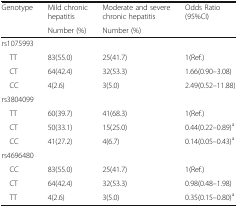
<table><thead><tr><td><b>Genotype</b></td><td><b>Mild chronic hepatitis</b></td><td><b>Moderate and severe chronic hepatitis</b></td><td><b>Odds Ratio (95%CI)</b></td></tr><tr><td></td><td><b>Number (%)</b></td><td><b>Number (%)</b></td><td></td></tr></thead><tbody><tr><td colspan="4">rs1075993</td></tr><tr><td> TT</td><td>83(55.0)</td><td>25(41.7)</td><td>1(Ref.)</td></tr><tr><td> CT</td><td>64(42.4)</td><td>32(53.3)</td><td>1.66(0.90–3.08)</td></tr><tr><td> CC</td><td>4(2.6)</td><td>3(5.0)</td><td>2.49(0.52–11.88)</td></tr><tr><td colspan="4">rs3804099</td></tr><tr><td> TT</td><td>60(39.7)</td><td>41(68.3)</td><td>1(Ref.)</td></tr><tr><td> CT</td><td>50(33.1)</td><td>15(25.0)</td><td>0.44(0.22–0.89)<sup>a</sup></td></tr><tr><td> CC</td><td>41(27.2)</td><td>4(6.7)</td><td>0.14(0.05–0.43)<sup>a</sup></td></tr><tr><td colspan="4">rs4696480</td></tr><tr><td> CC</td><td>83(55.0)</td><td>25(41.7)</td><td>1(Ref.)</td></tr><tr><td> CT</td><td>64(42.4)</td><td>32(53.3)</td><td>0.98(0.48–1.98)</td></tr><tr><td> TT</td><td>4(2.6)</td><td>3(5.0)</td><td>0.35(0.15–0.80)<sup>a</sup></td></tr></tbody></table>